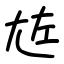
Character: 㝾